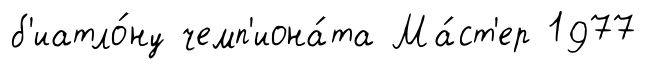
б'иатло́ну чемп'иона́та Ма́ст'ер 1977